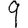
Digit: 9